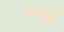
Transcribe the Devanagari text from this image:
माकनी